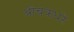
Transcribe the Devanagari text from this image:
श्रीचक्रधरे